Indian Medical Review
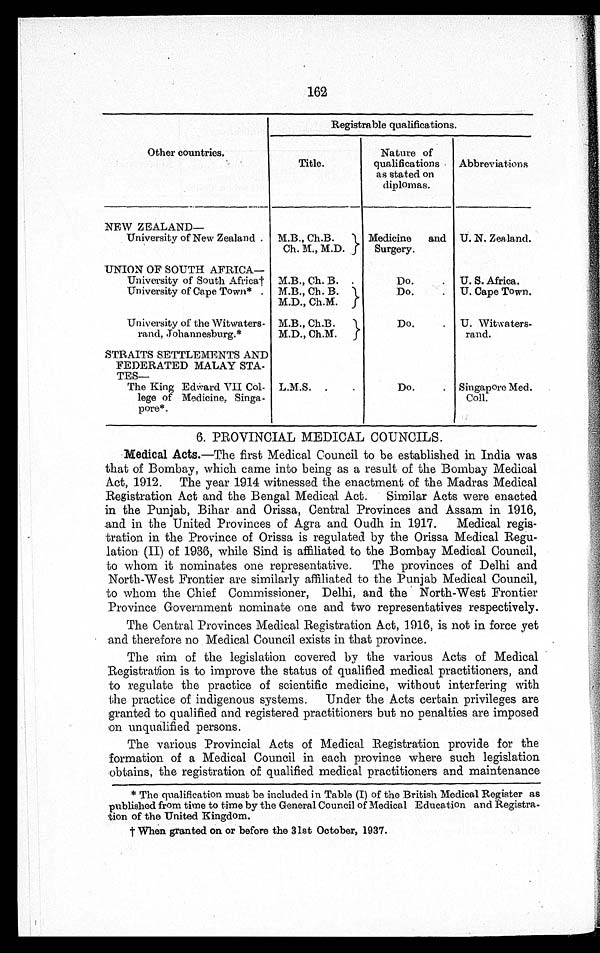
162
Other countries.
Registrable qualifications.
Title.
Nature of
qualifications
as stated on
diplomas.
Abbreviations
NEW ZEALAND—
University of New Zealand .
M.B., Ch.B.
Medicine and
Surgery.
U. N. Zealand.
Ch. M., M.D.
UNION OF SOUTH AFRICA—
University of South Africa†
University of Cape Town*.
M.B., Ch. B.
Do. . . .
U. S. Africa.
M.B., Ch. B.
Do. . . .
U. Cape Town.
M.D., Ch.M.
University of the Witwaters-
rand, Johannesburg.*
M.B., Ch.B.
Do. . . .
U. Witwaters
-
rand.
M.D., Ch.M.
STRAITS SETTLEMENTS AND
FEDERATED MALAY STA -
T E S —
The King Edward VII Col-
lege of Medicine, Singa-
pore*.
L.M.S. . . .
Do. . . .
Singapore Med.
C o l l .
6. PROVINCIAL MEDICAL COUNCILS.
Medical Acts.—The first Medical Council to be established in India was
that of Bombay, which came into being as a result of the Bombay Medical
Act, 1912. The year 1914 witnessed the enactment of the Madras Medical
Registration Act and the Bengal Medical Act. Similar Acts were enacted
in the Punjab, Bihar and Orissa, Central Provinces and Assam in 1916,
and in the United Provinces of Agra and Oudh in 1917. Medical regis
-tration in the Province of Orissa is regulated by the Orissa Medical Regu
- l a t i o n ( I I ) o f 1 9 3 6 , w h i l e S i n d i s a f f i l i a t e d t o t h e B o m b a y M e d i c a l C o u n c i l ,
to whom it nominates one representative. The provinces of Delhi and
North-West Frontier are similarly affiliated to the Punjab Medical Council,
to whom the Chief Commissioner, Delhi, and the North-West Frontier
Province Government nominate one and two representatives respectively.
The Central Provinces Medical Registration Act, 1916, is not in force yet
and therefore no Medical Council exists in that province.
The aim of the legislation covered by the various Acts of Medical
Registration is to improve the status of qualified medical practitioners, and
to regulate the practice of scientific medicine, without interfering with
the practice of indigenous systems. Under the Acts certain privileges are
granted to qualified and registered practitioners but no penalties are imposed
on unqualified persons.
The various Provincial Acts of Medical Registration provide for the
formation of a Medical Council in each province where such legislation
obtains, the registration of qualified medical practitioners and maintenance
* The qualification must be included in Table (I) of the British Medical Register as
published from time to time by the General Council of Medical Education and Registra
- t i o n o f t h e U n i t e d K i n g d o m .
†When granted on or before the 31st October, 1937.